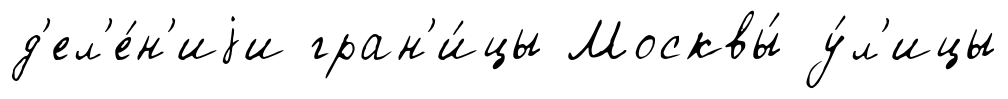
д'ел'е́н'иjи гран'и́цы Москвы́ у́л'ицы